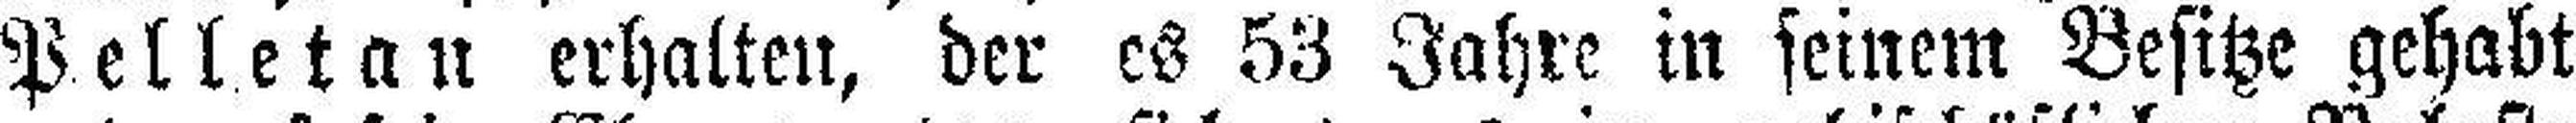
Pelletan erhalten, der es 53 Jahre in seinem Besitze gehabt